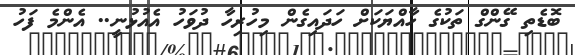
ބޮޑެތި ގޭންގް ތަކުގެ ހާއްޔަކަށް ހަދައިގެން މިހުރިހާ ދުވަހު އެއުޅުނީ.. އެންމެ ފަހު